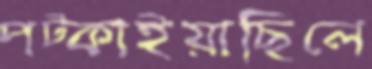
পট্‌কাইয়াছিলে